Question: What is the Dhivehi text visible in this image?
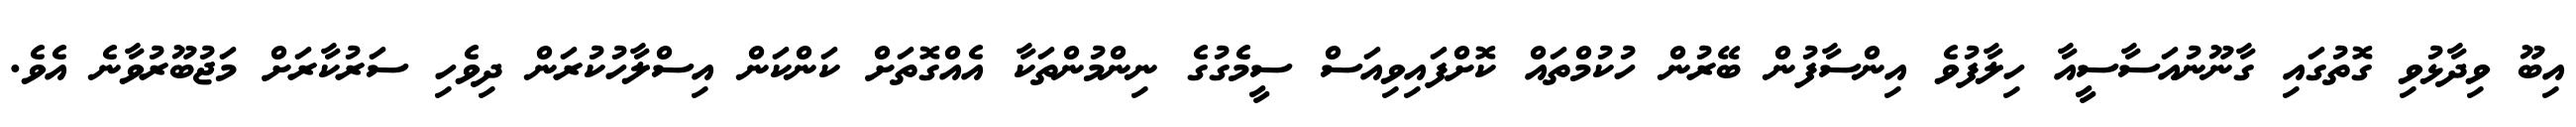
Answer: އިބޫ ވިދާޅުވި ގޮތުގައި ގާނޫނުއަސާސީއާ ހިލާފުވެ އިންސާފުން ބޭރުން ހުކުމްތައް ކޮށްފައިވިއަސް ސީމެގުގެ ނިންމުންތަކާ އެއްގޮތަށް ކަންކަން އިސްލާހުކުރަން ދިވެހި ސަރުކާރަށް މަޖުބޫރުވާނެ އެވެ.